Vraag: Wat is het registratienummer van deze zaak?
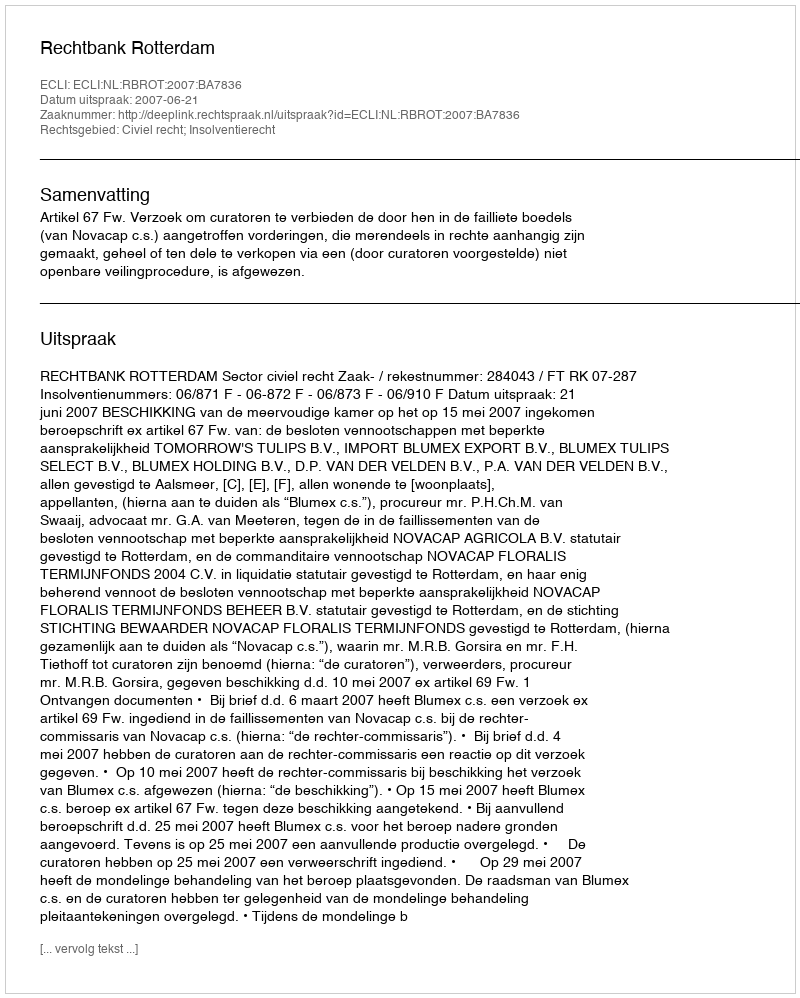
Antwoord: http://deeplink.rechtspraak.nl/uitspraak?id=ECLI:NL:RBROT:2007:BA7836